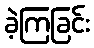
ခဲ့ကြခြင်း